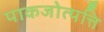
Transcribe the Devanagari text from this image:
पाकजोत्पत्ति